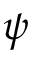
\psi